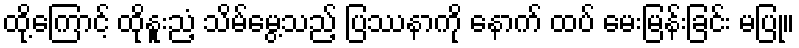
ထို့ကြောင့် ထိုနူးညံ့ သိမ်မွေ့သည့် ပြဿနာကို နောက် ထပ် မေးမြန်းခြင်း မပြု။